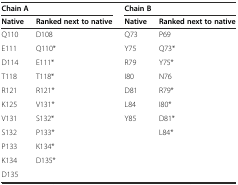
<table><thead><tr><td colspan="2"><b>Chain A</b></td><td colspan="2"><b>Chain B</b></td></tr><tr><td><b>Native</b></td><td><b>Ranked next to native</b></td><td><b>Native</b></td><td><b>Ranked next to native</b></td></tr></thead><tbody><tr><td>Q110</td><td>D108</td><td>Q73</td><td>P69</td></tr><tr><td>E111</td><td>Q110*</td><td>Y75</td><td>Q73*</td></tr><tr><td>D114</td><td>E111*</td><td>R79</td><td>Y75*</td></tr><tr><td>T118</td><td>T118*</td><td>I80</td><td>N76</td></tr><tr><td>R121</td><td>R121*</td><td>D81</td><td>R79*</td></tr><tr><td>K125</td><td>V131*</td><td>L84</td><td>I80*</td></tr><tr><td>V131</td><td>S132*</td><td>Y85</td><td>D81*</td></tr><tr><td>S132</td><td>P133*</td><td></td><td>L84*</td></tr><tr><td>P133</td><td>K134*</td><td></td><td></td></tr><tr><td>K134</td><td>D135*</td><td></td><td></td></tr><tr><td>D135</td><td></td><td></td><td></td></tr></tbody></table>